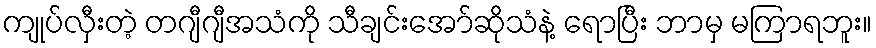
ကျုပ်လှီးတဲ့ တဂျီဂျီအသံကို သီချင်းအော်ဆိုသံနဲ့ ရောပြီး ဘာမှ မကြာရဘူး။